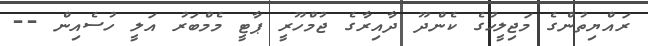
ރައްޔިތުންގެ މަޖިލީހުގެ ކެންދޫ ދާއިރާގެ ޖުމްހޫރީ ޕާޓީ މެމްބަރު އަލީ ހުސެއިން --